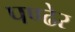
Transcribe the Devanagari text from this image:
पण्ढेर